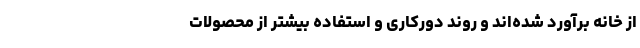
از خانه برآورد شده‌اند و روند دورکاری و استفاده بیشتر از محصولات